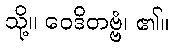
သို့။ ဝေဒိတဗ္ဗံ၊ ၏။